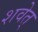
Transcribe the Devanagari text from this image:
शवेत्